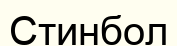
Стинбол